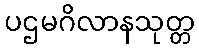
ပဌမဂိလာနသုတ္တ